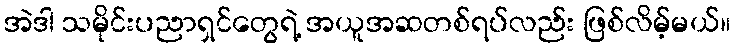
အဲဒါ သမိုင်းပညာရှင်တွေရဲ့ အယူအဆတစ်ရပ်လည်း ဖြစ်လိမ့်မယ်။